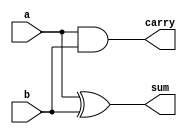
//Half Adder Behavioural

module Half_Adder_Behavioural(
input a,b,
output reg sum, carry   
);

always @(a,b)
begin
sum = a ^ b;
carry = a & b;
end
endmodule